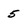
Character: 5